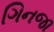
ગિનજા